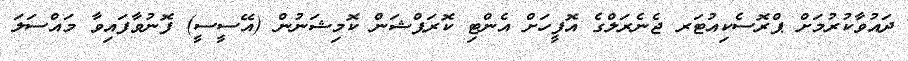
ދައުވާކުރުމަށް ޕްރޮސެކިއުޓަރ ޖެނެރަލްގެ އޮފީހަށް އެންޓި ކޮރަޕްޝަން ކޮމިޝަނުން (އޭސީސީ) ފޮނުވާފައިވާ މައްސަލަ